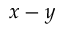
x - y